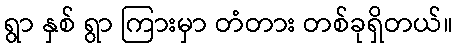
ရွာ နှစ် ရွာ ကြားမှာ တံတား တစ်ခုရှိတယ်။